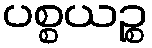
ပစ္စယဉ္စ